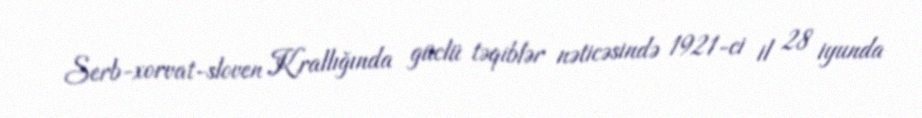
Serb-xorvat-sloven Krallığında güclü təqiblər nəticəsində 1921-ci il 28 iyunda